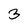
Character: 3